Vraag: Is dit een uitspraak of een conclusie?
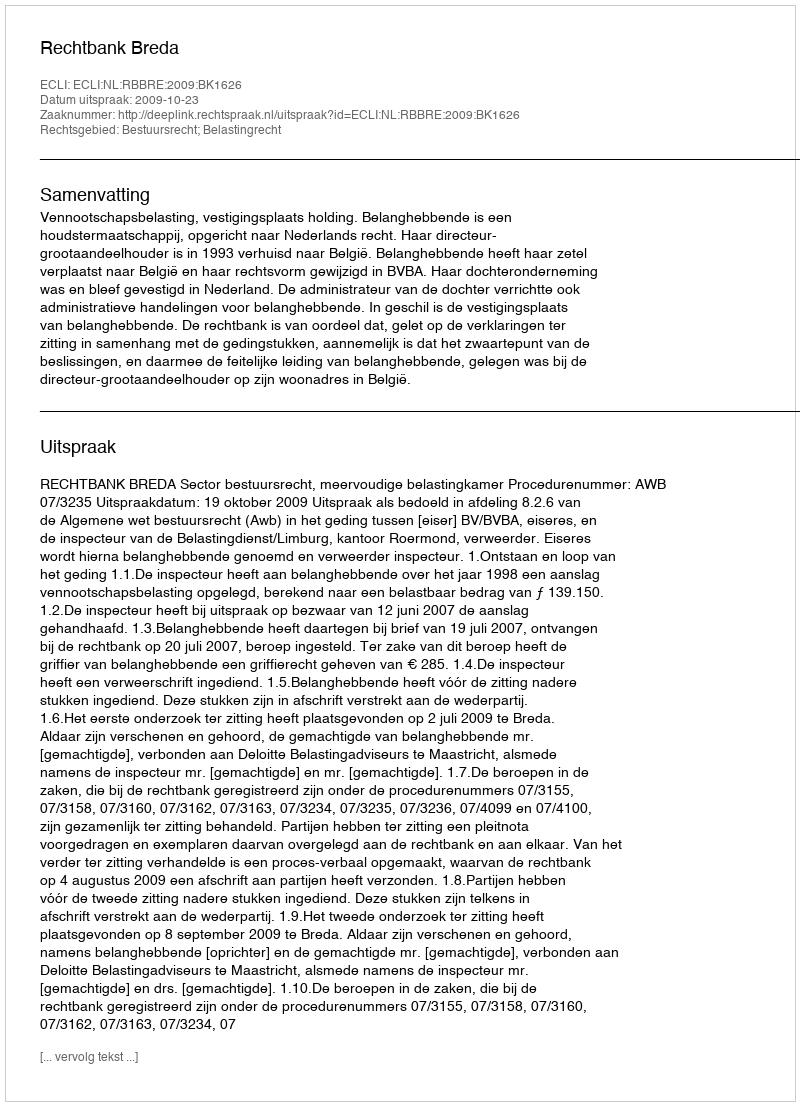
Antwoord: Uitspraak